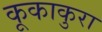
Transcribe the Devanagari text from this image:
कूकाकुरा